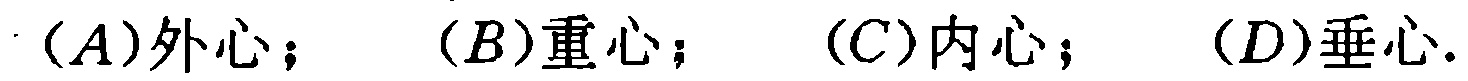
$(A)\text{外心}；\quad (B)\text{重心}；\quad (C)\text{内心}；\quad (D)\text{垂心}.$